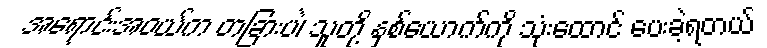
အရောင်းအဝယ်က တခြားပဲ၊ သူတို့ နှစ်ယောက်ကို သုံးထောင် ပေးခဲ့ရတယ်